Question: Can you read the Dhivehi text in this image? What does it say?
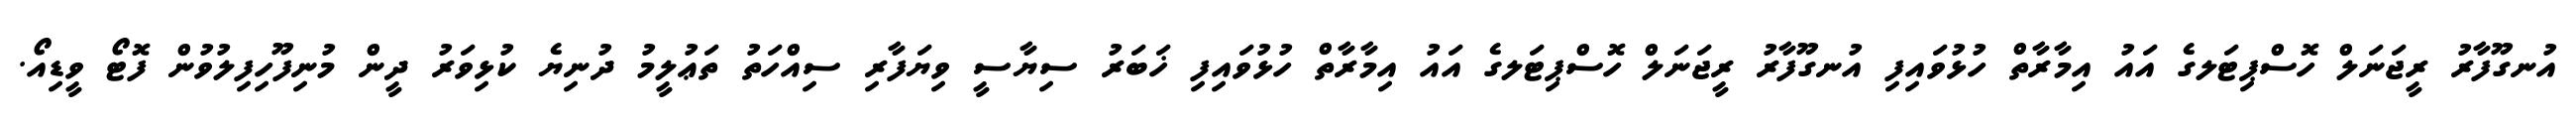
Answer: އުނގޫފާރު ރީޖަނަލް ހޮސްޕިޓަލގެ އައު އިމާރާތް ހުޅުވައިފި އުނގޫފާރު ރީޖަނަލް ހޮސްޕިޓަލގެ އައު އިމާރާތް ހުޅުވައިފި ޚަބަރު ސިޔާސީ ވިޔަފާރި ސިއްހަތު ތަޢުލީމު ދުނިޔެ ކުޅިވަރު ދީން މުނިފޫހިފިލުވުން ފޮޓޯ ވީޑިއޯ.